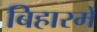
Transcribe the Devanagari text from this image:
बिहारमें